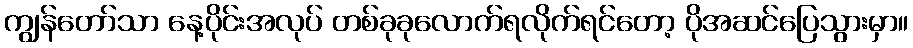
ကျွန်တော်သာ နေ့ပိုင်းအလုပ် တစ်ခုခုလောက်ရလိုက်ရင်တော့ ပိုအဆင်ပြေသွားမှာ။